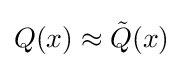
Q(x)\approx {\tilde {Q}}(x)